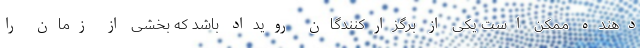
دهنده ممکن است یکی از برگزارکنندگان رویداد باشد که بخشی از زمان را